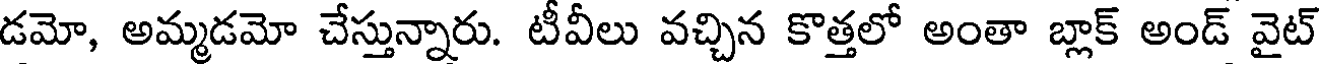
డమో, అమ్మడమో చేస్తున్నారు. టీవీలు వచ్చిన కొత్తలో అంతా బ్లాక్ అండ్ వైట్